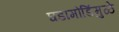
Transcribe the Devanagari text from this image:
घडामोडिंमुळे